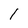
Character: 1